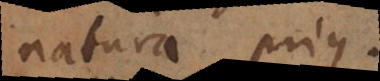
natura prius.